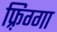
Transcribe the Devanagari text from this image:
फ़्रिग्गा